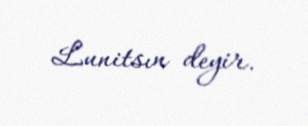
Lunitsın deyir.